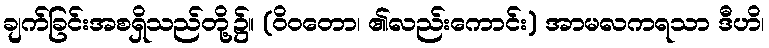
ချက်ခြင်းအစရှိသည်တို့၌။ (ဝိဝတော၊ ၏လည်းကောင်း) အာမလကရသာ ဒီဟိ၊